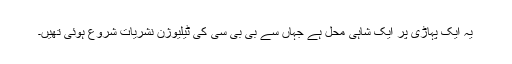
یہ ایک پہاڑی پر ایک شاہی محل ہے جہاں سے بی بی سی کی ٹیلیوژن نشریات شروع ہوئی تھیں۔